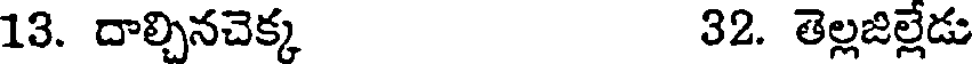
13. దాల్చినచెక్క 32. తెల్లజిల్లేడు